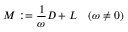
M : = { \frac { 1 } { \omega } } D + L \quad ( \omega \neq 0 )